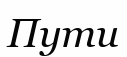
Пути